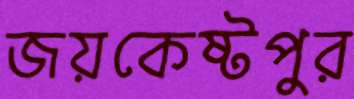
জয়কেষ্টপুর